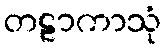
တဠာကာသုံ